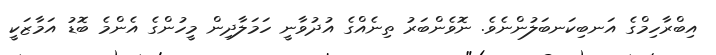
އިބްރާހިމްގެ އަނބިކަނބަލުންނެވެ. ނޮވެންބަރު ތިނެއްގެ އުދުވާނީ ހަަަމަލާދިން މީހުންގެ އެންމެ ބޮޑު އަމާޒަކީ